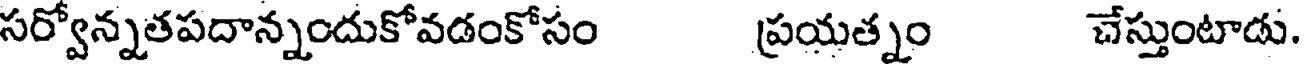
సర్వోన్నతపదాన్నందుకోవడంకోసం ప్రయత్నం చేస్తుంటాడు.